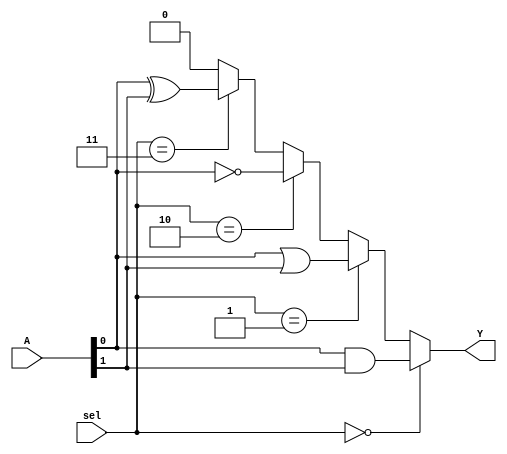
module combinational_logic_block (
    input wire [2:0] A,       // 3-bit input (A[0], A[1], A[2])
    input wire [1:0] sel,     // 2-bit selector signal for function selection
    output wire Y             // Output of the combined logic function
);

// Intermediate wires for various logic operations
wire and_result;
wire or_result;
wire not_result;
wire xor_result;

// Perform logical operations
assign and_result = A[0] & A[1];             // AND operation
assign or_result = A[0] | A[1];              // OR operation
assign not_result = ~A[0];                   // NOT operation
assign xor_result = A[0] ^ A[1];             // XOR operation

// Output selection based on 'sel' signal
assign Y = (sel == 2'b00) ? and_result :
           (sel == 2'b01) ? or_result :
           (sel == 2'b10) ? not_result :
           (sel == 2'b11) ? xor_result :
           1'b0; // Default case, if needed

endmodule